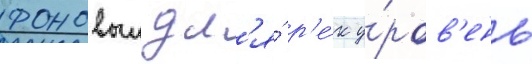
фоновыи дл'я́ р'е́к у́ров'ень